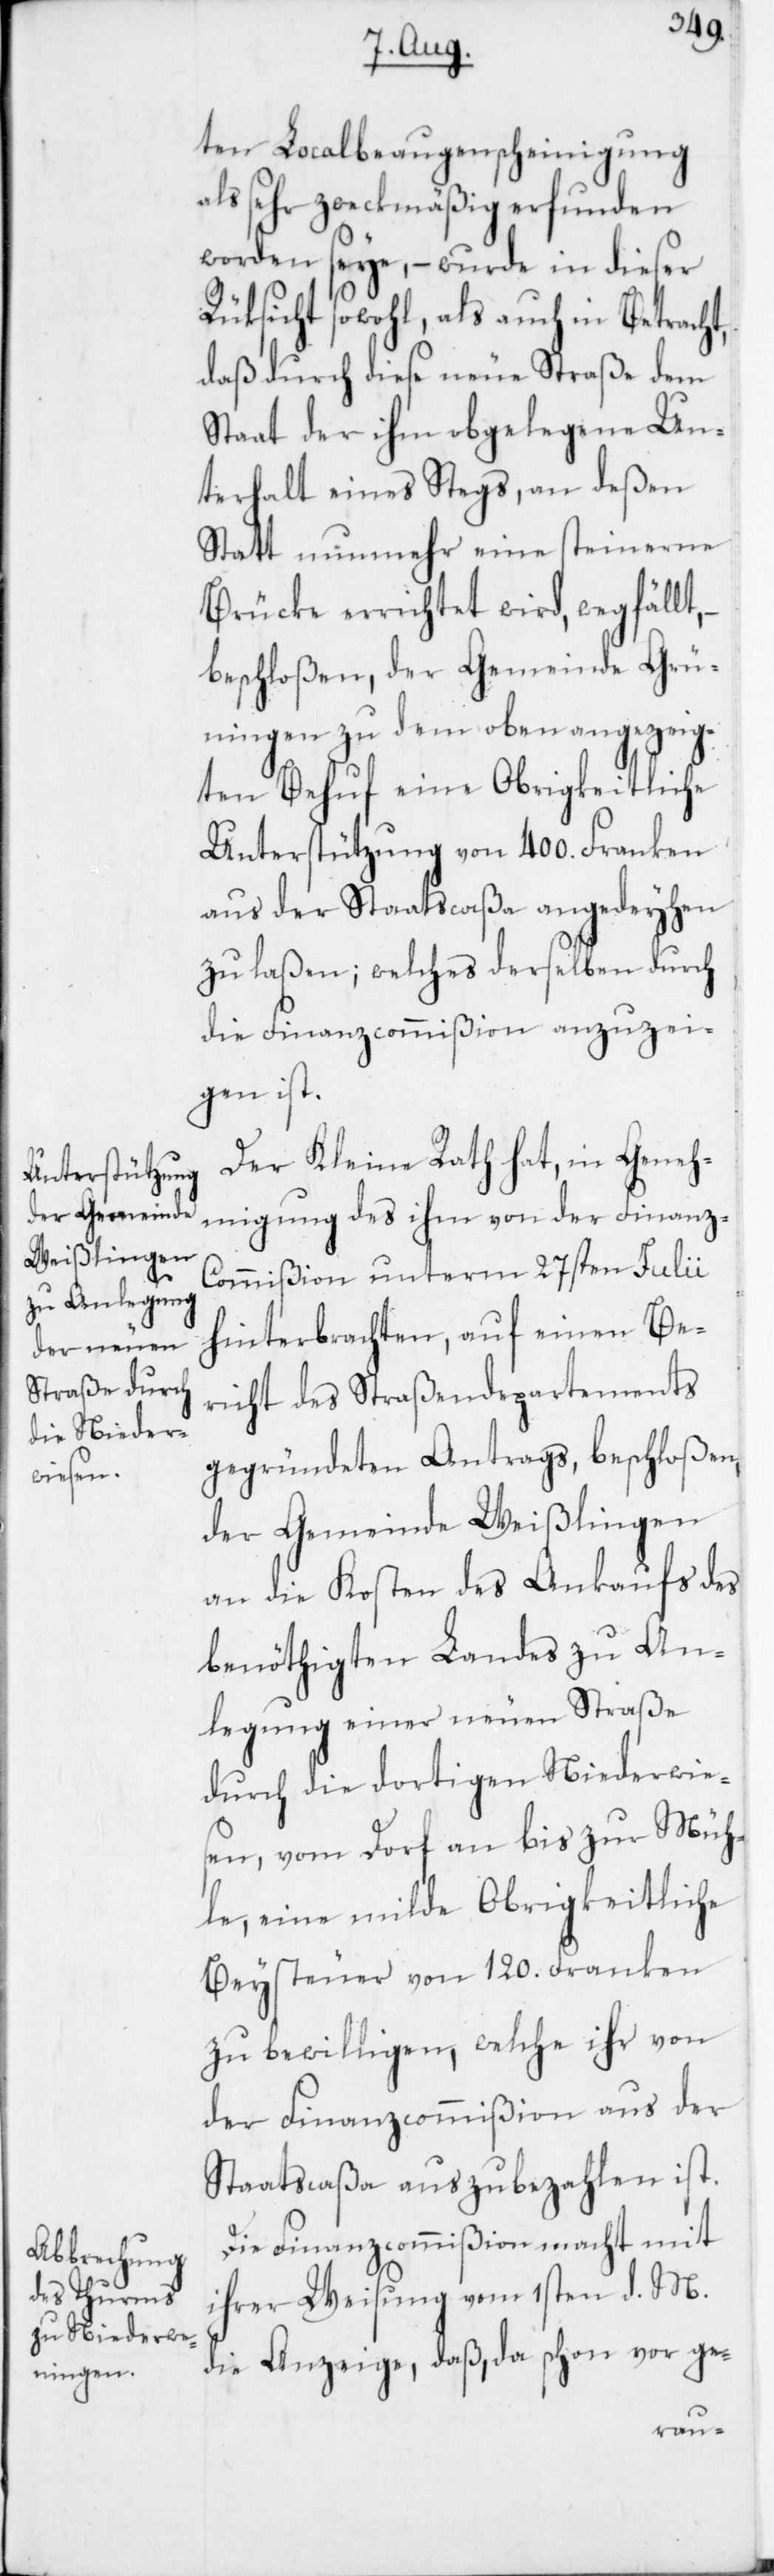
ten Localbeaugenscheinigung
als sehr zweckmäßig erfunden
worden seye, – wurde in dieser
Rüksicht sowohl, als auch in Betracht,
daß durch diese neue Straße dem
Staat der ihm obgelegene Un¬
terhalt eines Stegs, an deßen
Statt nunmehr eine steinerne
Brücke errichtet wird, wegfällt,
beschloßen, der Gemeinde Grü¬
ningen zu dem oben angezeig¬
ten Behuf eine Obrigkeitliche
Unterstützung von 400. Franken
aus der Staatscaßa angedeyhen
zu laßen; welches derselben durch
die Finanzcommißion anzuzei¬
gen ist.
Der Kleine Rath hat, in Geneh¬
migung des ihm von der Finanz-C¬
ommißion unterm 27sten Julii
hinterbrachten, auf einen Be¬
richt des Straßendepartements
gegründeten Antrags beschloßen,
der Gemeinde Weißlingen
an die Kosten des Ankaufs des
benöthigten Landes zu An¬
legung einer neuen Straße
durch die dortigen Niederwie¬
sen, vom Dorf an bis zur Müh¬
le, eine milde Obrigkeitliche
Beysteuer von 120. Franken
zu bewilligen, welche ihr von
der Finanzcommißion aus der
Staatscaßa auszubezahlen ist.
Die Finanzcommißion macht mit
ihrer Weisung vom 1sten d. M.
die Anzeige, daß, da schon vor ge-